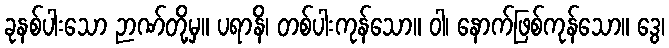
ခုနစ်ပါးသော ဉာဏ်တို့မှ။ ပရာနိ၊ တစ်ပါးကုန်သော။ ဝါ၊ နောက်ဖြစ်ကုန်သော။ ဒွေ၊